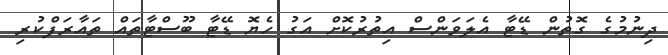
ދިނުމުގެ ގޮތުން ޑޭޓާ އެލަވަންސް އިތުރުކޮށް އަގު ހެޔޮ ޑޭޓާ ބޫސްޓާތައް ތައާރަފްކުރި